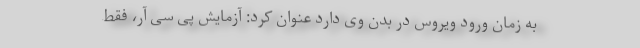
به زمان ورود ویروس در بدن وی دارد عنوان کرد: آزمایش پی سی آر، فقط